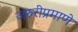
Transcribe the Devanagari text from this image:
जरुरीप्रमाणे